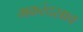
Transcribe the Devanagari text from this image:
मकरंदस्राव